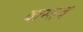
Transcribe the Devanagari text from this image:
वास्तव